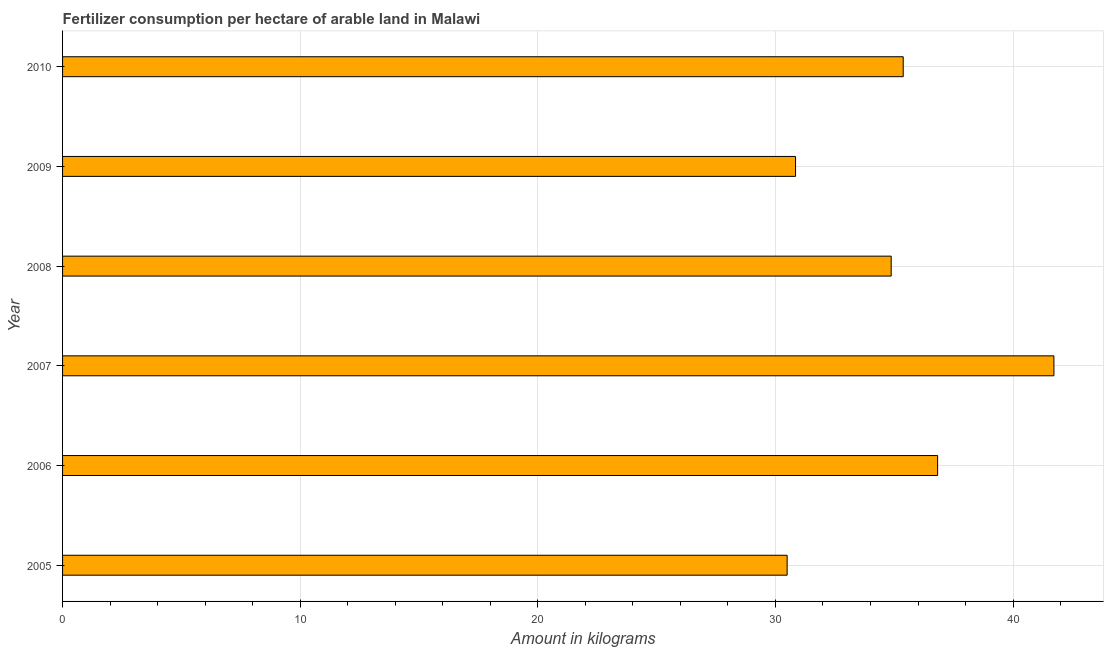
| Year | Fertilizer consumption |
 | --- | --- |
 | 2005 | 30.5 |
 | 2006 | 36.8 |
 | 2007 | 41.7 |
 | 2008 | 34.9 |
 | 2009 | 30.8 |
 | 2010 | 35.4 |